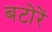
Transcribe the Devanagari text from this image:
बटोरें